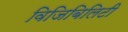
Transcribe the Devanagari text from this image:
विजिबिलिटी